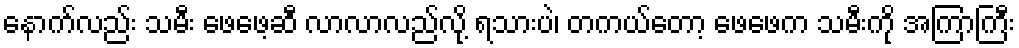
နောက်လည်း သမီး ဖေဖေ့ဆီ လာလာလည်လို့ ရသားပဲ၊ တကယ်တော့ ဖေဖေက သမီးကို အကြာကြီး